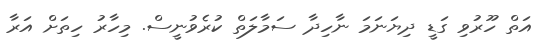
އަތް ހޫރުވި ގަޑީ ދިޔަނަމަ ނާހިދާ ސަމާލަތް ކުރެވުނީސް. މިހާރު ހިތަށް އަރާ